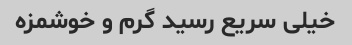
خیلی سریع رسید گرم و خوشمزه